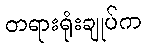
တရားရုံးချုပ်က